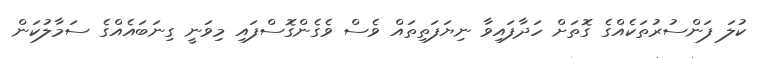
ކުލަ ފަންސުރުތަކެއްގެ ގޮތަށް ހަދާފައިވާ ނިޔަފަތިތައް ވެސް ވެގެންގޮސްފައި މިވަނީ ގިނަބައެއްގެ ސަމާލުކަން